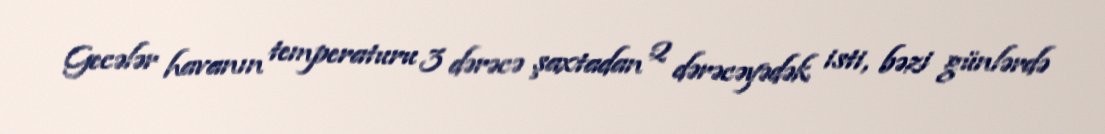
Gecələr havanın temperaturu 3 dərəcə şaxtadan 2 dərəcəyədək isti, bəzi günlərdə